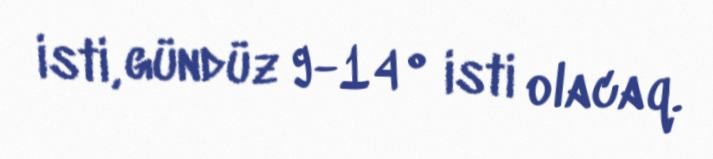
isti, gündüz 9-14° isti olacaq.